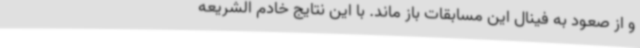
و از صعود به فینال این مسابقات باز ماند. با این نتایج خادم الشریعه